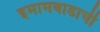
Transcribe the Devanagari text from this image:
इमामबाडाची